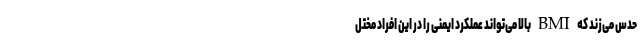
حدس می‌زند که BMI بالا می‌تواند عملکرد ایمنی را در این افراد مختل